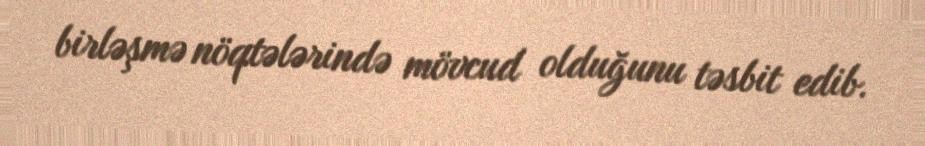
birləşmə nöqtələrində mövcud olduğunu təsbit edib.